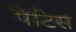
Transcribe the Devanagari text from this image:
पैंटिस